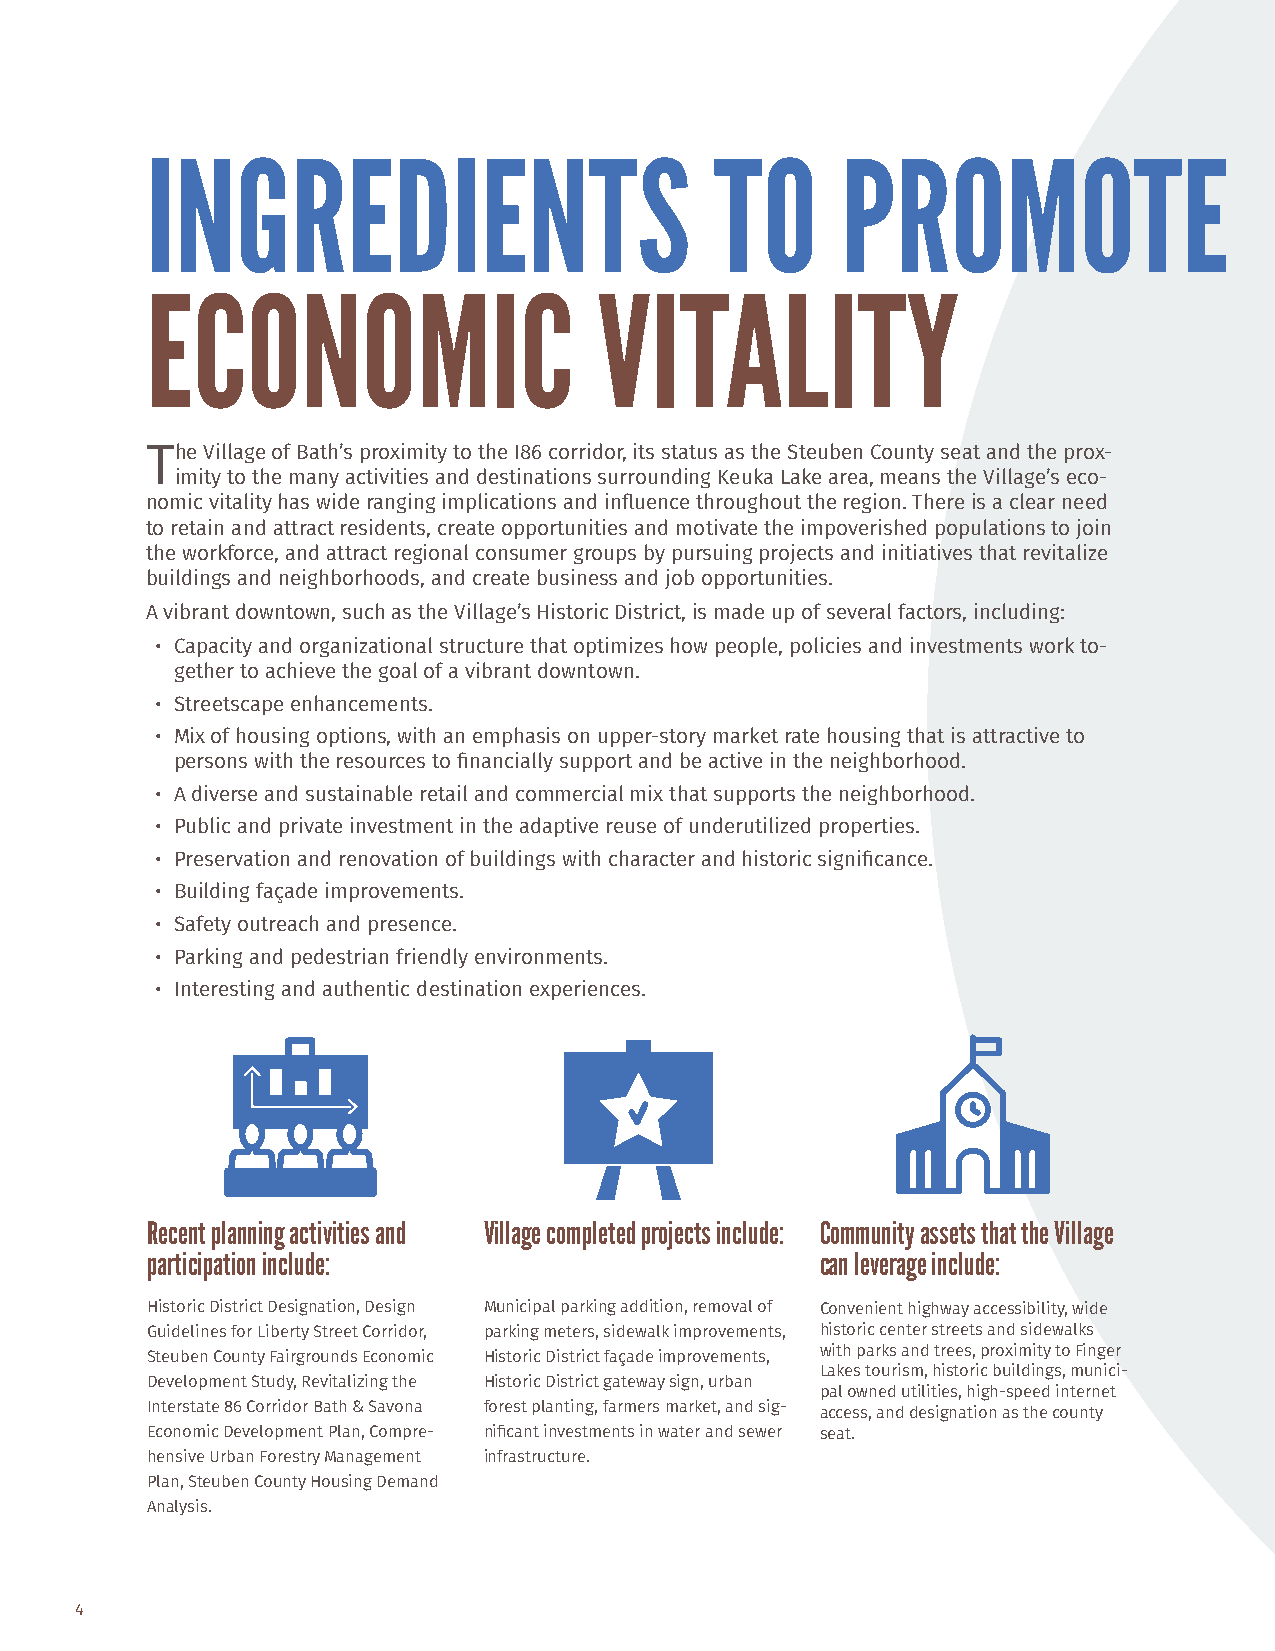
INGREDIENTS                          TO       PROMOTE
 ECONOMIC                      VITALITY
 The Village of Bath’s proximity to the I86 corridor, its status as the Steuben County seat and the prox-
 imity to the many activities and destinations surrounding Keuka Lake area, means the Village’s eco-
 nomic vitality has wide ranging implications and influence throughout the region. There is a clear need
 to retain and attract residents, create opportunities and motivate the impoverished populations to join
 the workforce, and attract regional consumer groups by pursuing projects and initiatives that revitalize
 buildings and neighborhoods, and create business and job opportunities.
 A vibrant downtown, such as the Village’s Historic District, is made up of several factors, including:
 • Capacity and organizational structure that optimizes how people, policies and investments work to-
 gether to achieve the goal of a vibrant downtown.
 • Streetscape enhancements.
 • Mix of housing options, with an emphasis on upper-story market rate housing that is attractive to
 persons with the resources to financially support and be active in the neighborhood.
 • A diverse and sustainable retail and commercial mix that supports the neighborhood.
 • Public and private investment in the adaptive reuse of underutilized properties.
 • Preservation and renovation of buildings with character and historic significance.
 • Building façade improvements.
 • Safety outreach and presence.
 • Parking and pedestrian friendly environments.
 • Interesting and authentic destination experiences.
 Recent planning activities and Village completed projects include: Community assets that the Village
 participation include:                      can leverage include:
 Historic District Designation, Design Municipal parking addition, removal of Convenient highway accessibility, wide
 Guidelines for Liberty Street Corridor, parking meters, sidewalk improvements, historic center streets and sidewalks
 Steuben County Fairgrounds Economic Historic District façade improvements, with parks and trees, proximity to Finger
 Lakes tourism, historic buildings, munici-
 Development Study, Revitalizing the Historic District gateway sign, urban
 pal owned utilities, high-speed internet
 Interstate 86 Corridor Bath & Savona forest planting, farmers market, and sig-
 access, and designation as the county
 Economic Development Plan, Compre- nificant investments in water and sewer seat.
 hensive Urban Forestry Management infrastructure.
 Plan, Steuben County Housing Demand
 Analysis.
 4